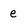
Character: e